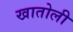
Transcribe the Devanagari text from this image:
खातोली